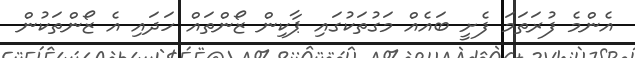
އެންމެ ފުރަތަމަ ފެށީ ބައެއް މަގުތަކުގައި ޕާކިން ޒޯންތައް ހަދައި އެ ޒޯންތަކުން